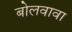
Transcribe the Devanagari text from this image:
बोलवावा